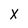
Character: X